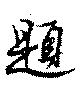
題